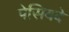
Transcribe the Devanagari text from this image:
पेसियदे